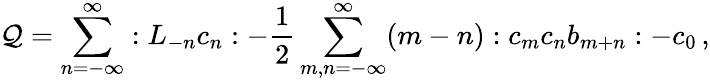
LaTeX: {\cal Q}=\sum_{n=-\infty}^{\infty}:L_{-n}c_{n}:-\frac{1}{2}\sum_{m,n=-\infty}^{\infty}(m-n):c_{m}c_{n}b_{m+n}:-c_{0}\, ,